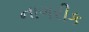
નાગરીક